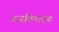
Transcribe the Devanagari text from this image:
रुजविणार्‍या